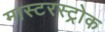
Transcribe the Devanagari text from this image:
मास्टरस्ट्रोक